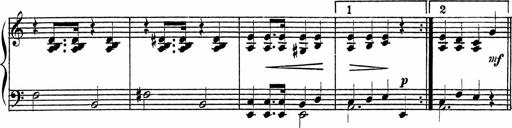
Title: Piano Sonatinas
Composer: Charles Fradel